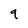
Character: q